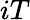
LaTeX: iT